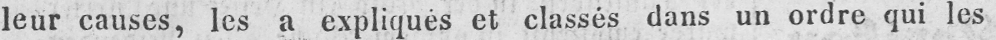
leur causes, les a expliqués et classés dans un ordre qui les